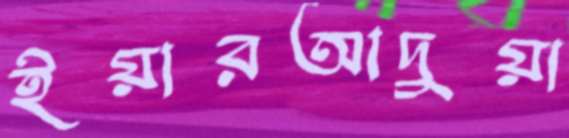
ইয়ারআদুয়া